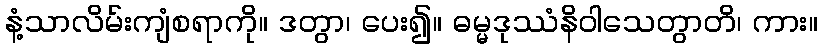
နံ့သာလိမ်းကျံစရာကို။ ဒတွာ၊ ပေး၍။ ဓမ္မဒုဿံနိဝါသေတွာတိ၊ ကား။